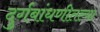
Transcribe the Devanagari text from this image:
दुर्गबांधणीतल्या